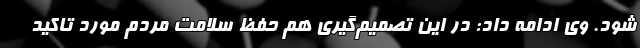
شود. وی ادامه داد: در این تصمیم‌گیری هم حفظ سلامت مردم مورد تاکید